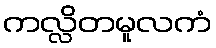
ကလ္လိတမူလကံ